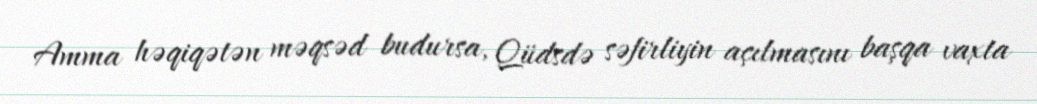
Amma həqiqətən məqsəd budursa, Qüdsdə səfirliyin açılmasını başqa vaxta